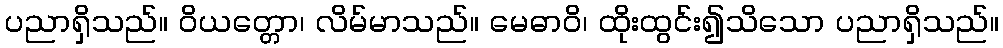
ပညာရှိသည်။ ဝိယတ္တော၊ လိမ်မာသည်။ မေဓာဝိ၊ ထိုးထွင်း၍သိသော ပညာရှိသည်။